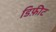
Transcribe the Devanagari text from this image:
डिफ़ीट